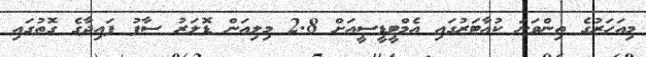
މިއަހަރުގެ ތިންވަނަ ކުއާޓަރުގައި އެމްޓީޑީސީއަށް 2.8 މިލިއަން ޑޮލަރު ސާފު ފައިދާގެ ގޮތުގައި